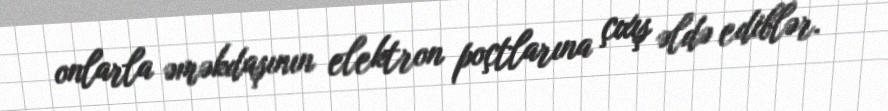
onlarla əməkdaşının elektron poçtlarına çıxış əldə ediblər.